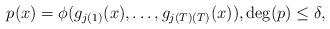
LaTeX: \begin{align*}p(x) = \phi(g_{j(1)}(x), \ldots, g_{j(T)(T)}(x)), \deg(p) \leq \delta,\end{align*}